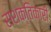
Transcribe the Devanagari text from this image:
सशक्तिकारी